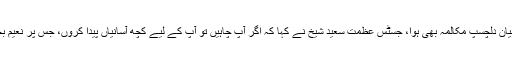
اس دوران جسٹس عظمت سعید شیخ اور نعیم بخاری کے درمیان دلچسپ مکالمہ بھی ہوا، جسٹس عظمت سعید شیخ نے کہا کہ اگر آپ چاہیں تو آپ کے لیے کچھ آسانیاں پیدا کروں، جس پر نعیم بخاری نے کہا کہ اب تک تو آپ نے مشکلات ہی پیدا کی ہیں۔